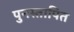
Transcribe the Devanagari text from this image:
पुनस्तापित